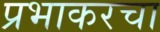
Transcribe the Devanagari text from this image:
प्रभाकरचा